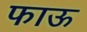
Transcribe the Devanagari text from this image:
फाऊ